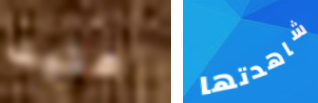
عليك شاهدتها